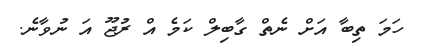
ހަމަ ތިބާ އަށް ނެތް ގާބިލް ކަމެ އް ރުޖޫ އަ ނުވާނެ.